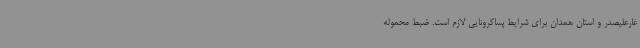
غارعلیصدر و استان همدان برای شرایط پساکرونایی لازم است. ضبط محموله